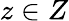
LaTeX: z\in{Z}